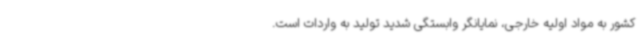
کشور به مواد اولیه خارجی، نمایانگر وابستگی شدید تولید به واردات است.